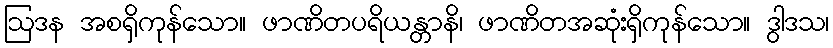
ဩဒန အစရှိကုန်သော။ ဖာဏိတပရိယန္တာနိ၊ ဖာဏိတအဆုံးရှိကုန်သော။ ဒွါဒသ၊